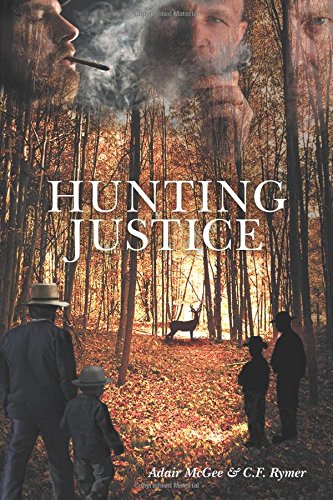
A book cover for Hunting Justice; Adair McGee; Christian Books & Bibles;